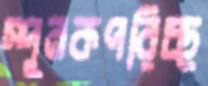
স্পুনকপরিচ্ছ